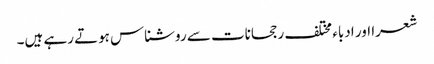
شعرا اور ادباء مختلف رجحانات سے روشناس ہوتے رہے ہیں۔